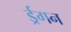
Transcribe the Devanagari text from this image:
र्ड्रगन